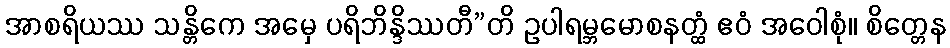
အာစရိယဿ သန္တိကေ အမှေ ပရိဘိန္ဒိဿတီ”တိ ဥပါရမ္ဘမောစနတ္ထံ ဧဝံ အဝေါစုံ။ စိတ္တေန